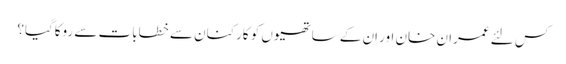
کس لئے عمران خان اور اِن کے ساتھیوں کو کارکنان سے خطابات سے روکاگیا؟